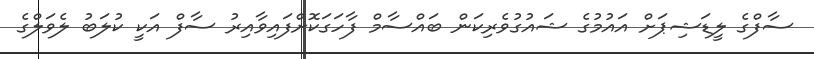
ސާފްގެ ލީޑަޝިޕަށް އައުމުގެ ޝައުގުވެރިކަން ބައްސާމް ފާހަގަކޮށްފައިވާއިރު ސާފް އަކީ ކުލަބު ލެވަލްގެ